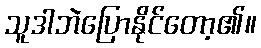
သူဒါဘဲပြောနိုင်တော့၏။